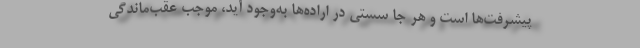
پیشرفت‌ها است و هر جا سستی در اراده‌ها به‌وجود آید، موجب عقب‌ماندگی